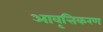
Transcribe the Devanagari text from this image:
आवृत्तिकरण